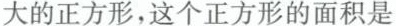
大的正方形，这个正方形的面积是